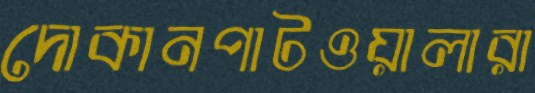
দোকানপাটওয়ালারা